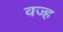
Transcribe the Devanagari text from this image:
वज्ह